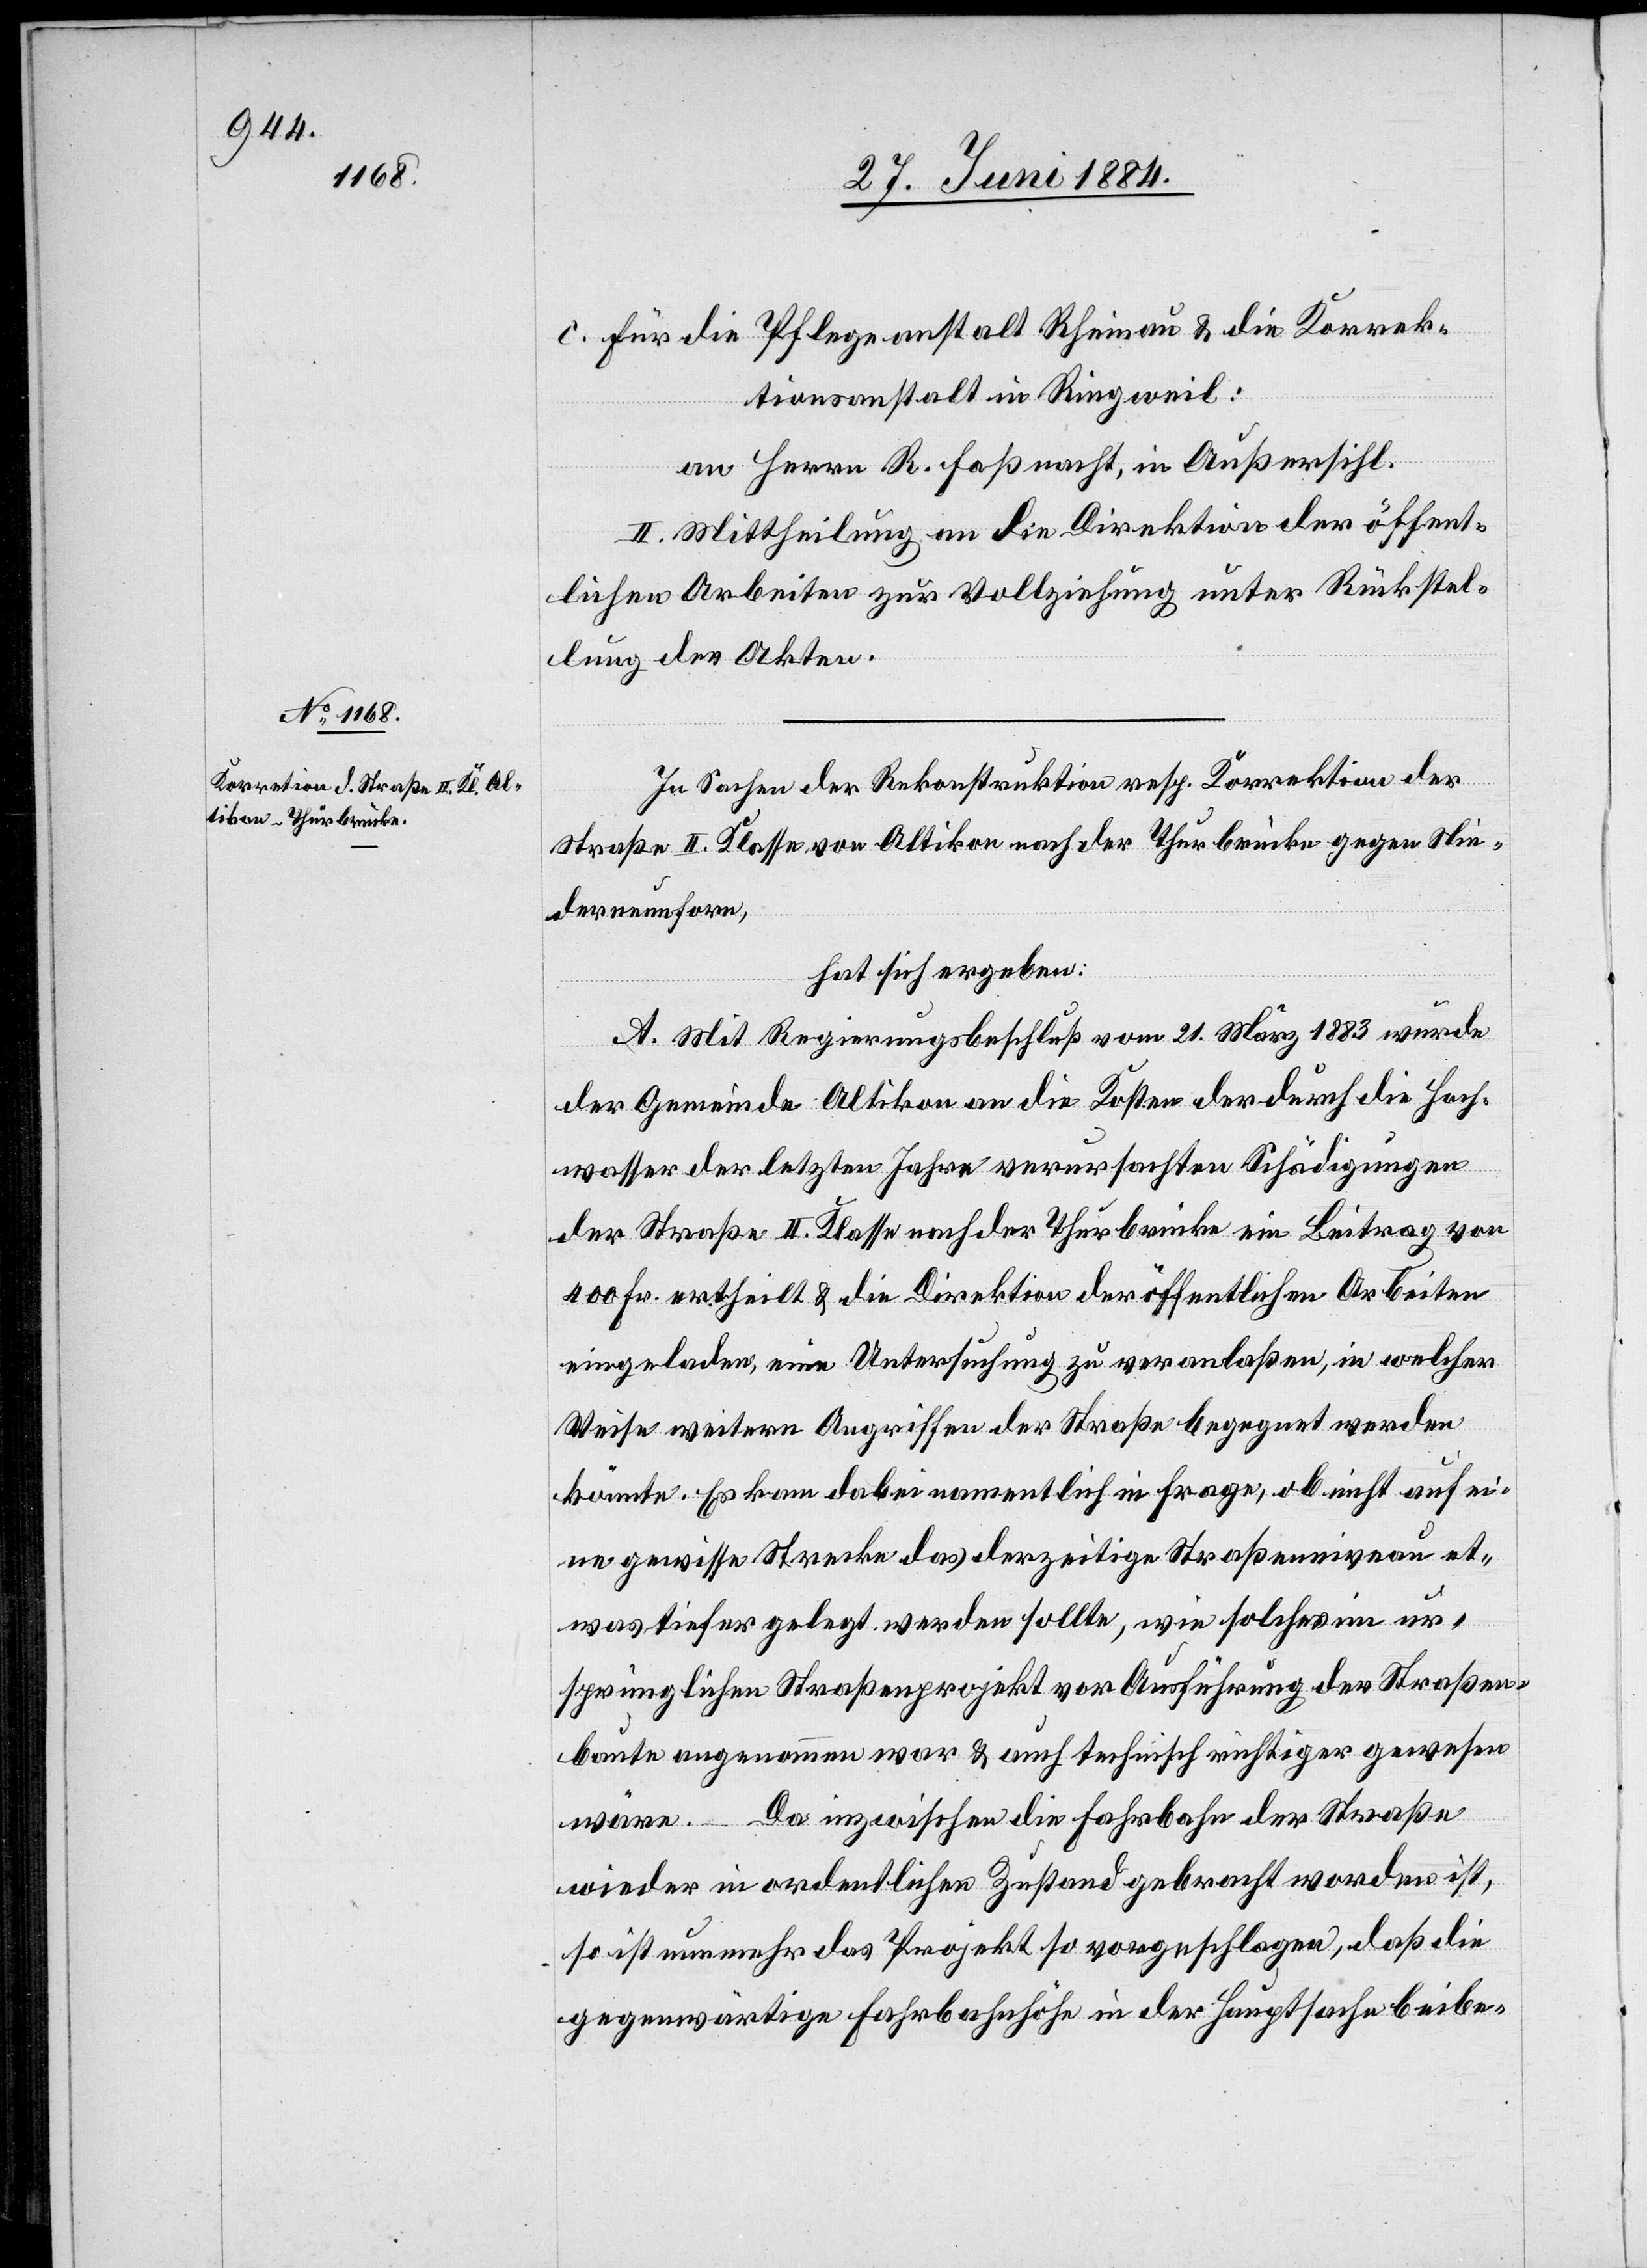
c. für die Pflegeanstalt Rheinau & die Korrek¬
tionsanstalt in Ringweil:
an Herren R. Faßnacht in Außersihl.
II. Mittheilung an die Direktion der öffent¬
lichen Arbeiten zur Vollziehung unter Rückstel¬
lung der Akten.
In Sachen der Rekonstruktion resp. Korrektion der
Straße II. Klasse von Altikon nach der Thurbrücke gegen Nie¬
derneunforn,
hat sich ergeben:
A. Mit Regierungsbeschluß vom 21. März 1883 wurde
der Gemeinde Altikon an die Kosten der durch die Hoch¬
wasser der letzten Jahre verursachten Schädigungen
der Straße II. Klasse nach der Thurbrücke ein Beitrag von
400 Fr. ertheilt & die Direktion der öffentlichen Arbeiten
eingeladen, eine Untersuchung zu veranlaßen, in welcher
Weise weitern Angriffe der Straße begegnet werden
könnte. Es kam dabei namentlich in Frage, ob nicht auf ei¬
ne gewisse Strecke das derzeitige Straßenniveau et¬
was tiefer gelegt werden sollte, wie solches im ur¬
sprünglichen Straßenprojekt vor Ausführung der Straßen¬
baute angenommen war & auch technisch richtiger gewesen
wäre. – Da inzwischen die Fahrbahn der Straße
wieder in ordentlichen Zustand gebracht worden ist,
so ist nunmehr das Projekt so vorgeschlagen, daß die
gegenwärtige Fahrbahnhöhe in der Hauptsache beibe-